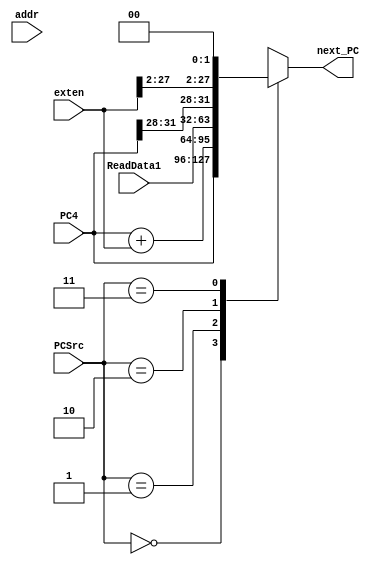
`timescale 1ns / 1ps
//////////////////////////////////////////////////////////////////////////////////
// Company: 
// Engineer: 
// 
// Design Name: 
// Module Name: Next_PC
// Project Name: 
// Target Devices: 
// Tool Versions: 
// Description: 
// 
// Dependencies: 
// 
// Revision:
// Revision 0.01 - File Created
// Additional Comments:
// 
//////////////////////////////////////////////////////////////////////////////////


module Next_PC(
    input [31:0] PC4,
    input [31:0] exten,
    input [31:0] addr,
    input [31:0] ReadData1,
    input [1:0] PCSrc,
    output reg [31:0] next_PC
    );
    
    always @(PCSrc or PC4 or exten or ReadData1) begin
        case(PCSrc)
            2'b00:begin
                next_PC = PC4;
            end
            2'b01:begin
                next_PC = PC4 + exten;
            end
            2'b10:begin
                next_PC = ReadData1;
            end
            2'b11:begin
                next_PC = {PC4[31:28],exten[27:2],2'b00};
            end
        endcase
    end
endmodule